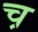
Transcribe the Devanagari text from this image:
च़